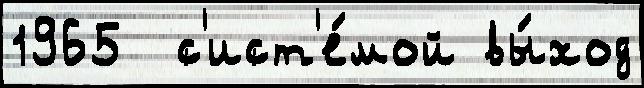
1965  с'ист'е́мой вы́ход